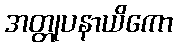
အတ္တုပနာယိကော